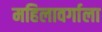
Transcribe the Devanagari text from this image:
महिलावर्गाला